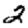
Digit: 2